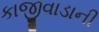
કાજીવાડાની